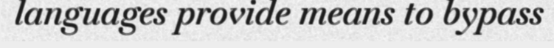
languages provide means to bypass